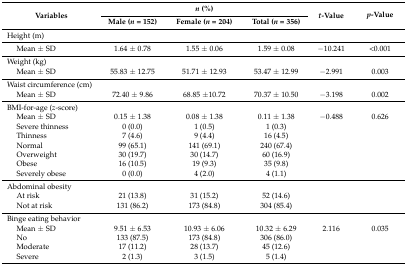
| <ROWSPAN=2> Variables |  | n (%) |  | <ROWSPAN=2> t-Value | <ROWSPAN=2> p-Value |
 | Male (n = 152) | Female (n = 204) | Total (n = 356) |
 | --- | --- | --- | --- | --- | --- |
 | Height (m) |  |  |  |  |  |
 | Mean ± SD | 1.64 ± 0.78 | 1.55 ± 0.06 | 1.59 ± 0.08 | −10.241 | <0.001 |
 | Weight (kg) |  |  |  |  |  |
 | Mean ± SD | 55.83 ± 12.75 | 51.71 ± 12.93 | 53.47 ± 12.99 | −2.991 | 0.003 |
 | Waist circumference (cm) |  |  |  |  |  |
 | Mean ± SD | 72.40 ± 9.86 | 68.85 ±10.72 | 70.37 ± 10.50 | −3.198 | 0.002 |
 | BMI-for-age (z-score) |  |  |  |  |  |
 | Mean ± SD | 0.15 ± 1.38 | 0.08 ± 1.38 | 0.11 ± 1.38 | −0.488 | 0.626 |
 | Severe thinness | 0 (0.0) | 1 (0.5) | 1 (0.3) |  |  |
 | Thinness | 7 (4.6) | 9 (4.4) | 16 (4.5) |  |  |
 | Normal | 99 (65.1) | 141 (69.1) | 240 (67.4) | <ROWSPAN=4>  | <ROWSPAN=4>  |
 | Overweight | 30 (19.7) | 30 (14.7) | 60 (16.9) |
 | Obese | 16 (10.5) | 19 (9.3) | 35 (9.8) |
 | Severely obese | 0 (0.0) | 4 (2.0) | 4 (1.1) |
 | Abdominal obesity |  |  |  |  |  |
 | At risk | 21 (13.8) | 31 (15.2) | 52 (14.6) | <ROWSPAN=2>  | <ROWSPAN=2>  |
 | Not at risk | 131 (86.2) | 173 (84.8) | 304 (85.4) |
 | Binge eating behavior |  |  |  |  |  |
 | Mean ± SD | 9.51 ± 6.53 | 10.93 ± 6.06 | 10.32 ± 6.29 | 2.116 | 0.035 |
 | No | 133 (87.5) | 173 (84.8) | 306 (86.0) |  |  |
 | Moderate | 17 (11.2) | 28 (13.7) | 45 (12.6) |  |  |
 | Severe | 2 (1.3) | 3 (1.5) | 5 (1.4) |  |  |